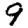
Digit: 9